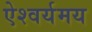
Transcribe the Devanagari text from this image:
ऐश्वर्यमय